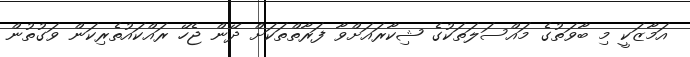
އަމާޒަކީ މި ބާވަތުގެ މައްސަލަތަކުގެ ޝިކާރައަށްވާ ފަރާތްތަކަށް ދޭން ޖެހޭ ރައްކައުތެރިކަން ވަގުތުން